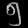
Digit: ၅